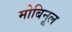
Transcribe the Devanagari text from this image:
मोबिनूल